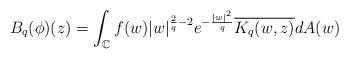
\begin{align*}B_q(\phi)(z) &=\int_{\mathbb{C}} f(w)|w|^{\frac{2}{q}-2} e^{-\frac{|w|^2}{q}} \overline{K_q(w,z)} dA(w)\end{align*}